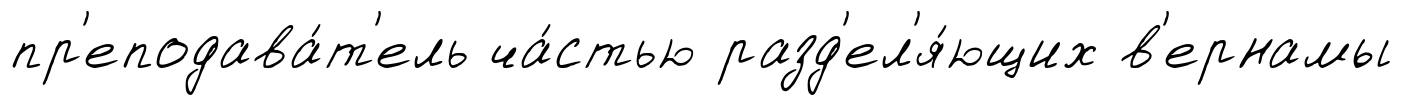
пр'еподава́т'ель ча́стью разд'ел'я́ющих в'ернамы